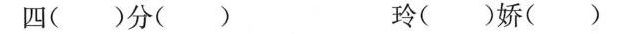
四（）分（） 玲（）娇（）